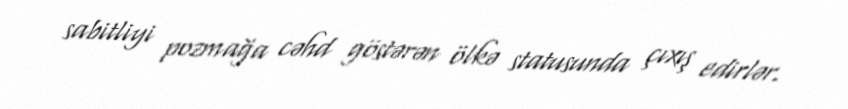
sabitliyi pozmağa cəhd göstərən ölkə statusunda çıxış edirlər.